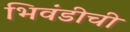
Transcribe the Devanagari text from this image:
भिवंडीची